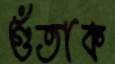
গুঁতাক